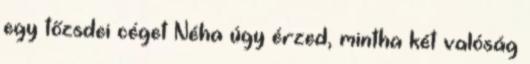
egy tőzsdei céget Néha úgy érzed, mintha két valóság